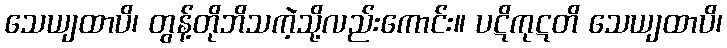
သေယျထာပိ၊ တွန့်တိုဘိသကဲ့သို့လည်းကောင်း။ ပဋိကုဋတိ သေယျထာပိ၊